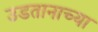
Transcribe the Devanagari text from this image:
उडतानाच्या